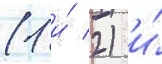
(1 и́ 2) и́